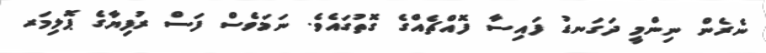
ނެރެން ނިންމީ ދަގަނޑު ފައިސާ ފޮއްޗެއްގެ ގޮތުގައެވެ. ނަމަވެސް ފަސް ރުފިޔާގެ ޕޮލިމަރ